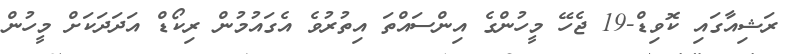
ރަޝިއާގައި ކޮވިޑް-19 ޖެހޭ މީހުންގެ އިންސައްތަ އިތުރުވެ އެގައުމުން ރިކޯޑް އަދަދަކަށް މީހުން